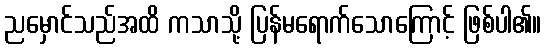
ညမှောင်သည်အထိ ကသာသို့ ပြန်မရောက်သောကြောင့် ဖြစ်ပါ၏။